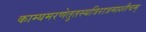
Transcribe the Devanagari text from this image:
काम्यमरणेतुतस्यत्रिरात्रमाशौचम्